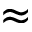
\approx